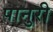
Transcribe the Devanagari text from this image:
पानुरी